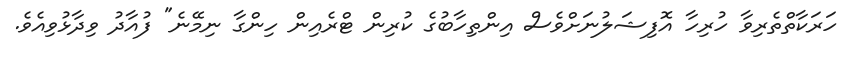
ހަރަކާތްތެރިވާ ހުރިހާ އޮފިޝަލުނަށްވެސް އިންތިހާބުގެ ކުރިން ޓްރެއިން ހިންގާ ނިމޭނެ" ފުއާދު ވިދާޅުވިއެވެ.